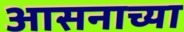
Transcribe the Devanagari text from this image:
आसनाच्या